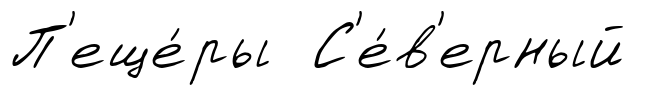
П'еще́ры С'е́в'ерный